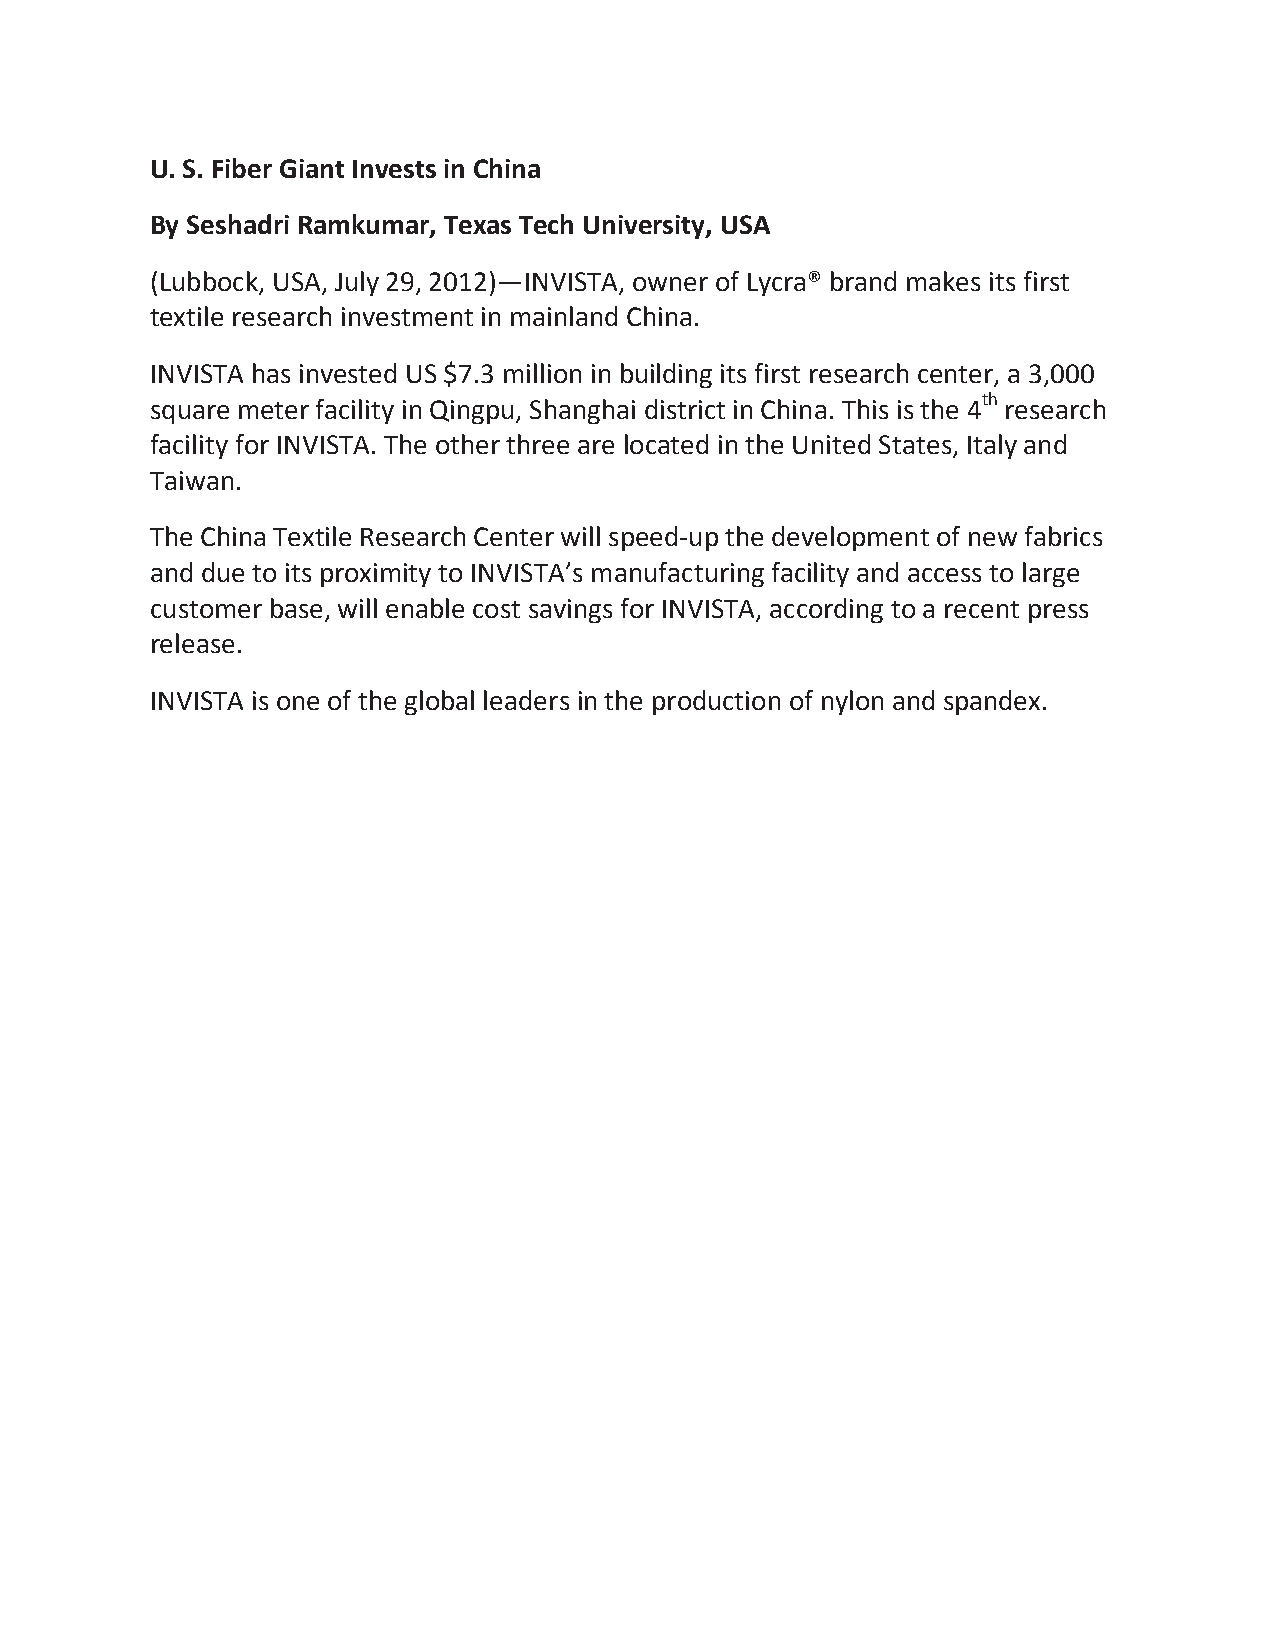
U. S. Fiber Giant Invests in China
 By Seshadri Ramkumar, Texas Tech University, USA
 (Lubbock, USA, July 29, 2012)—INVISTA, owner of Lycra® brand makes its first
 textile research investment in mainland China.
 INVISTA has invested US $7.3 million in building its first research center, a 3,000
 square meter facility in Qingpu, Shanghai district in China. This is the 4th research
 facility for INVISTA. The other three are located in the United States, Italy and
 Taiwan.
 The China Textile Research Center will speed-up the development of new fabrics
 and due to its proximity to INVISTA’s manufacturing facility and access to large
 customer base, will enable cost savings for INVISTA, according to a recent press
 release.
 INVISTA is one of the global leaders in the production of nylon and spandex.